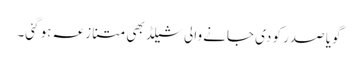
گویا صدر کو دی جانے والی شیلڈ بھی متنازعہ ہو گئی۔